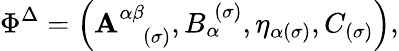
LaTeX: \Phi^{\Delta}=\left(\mathbf{A}_{\; \; \; (\sigma)}^{\alpha\beta},B_{\alpha}^{\; (\sigma)},\eta_{\alpha(\sigma)},C_{(\sigma)}\right),